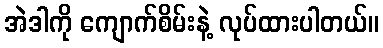
အဲဒါကို ကျောက်စိမ်းနဲ့ လုပ်ထားပါတယ်။